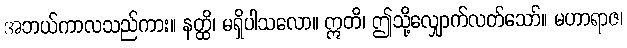
အဘယ်ကာလသည်ကား။ နတ္ထိ၊ မရှိပါသလော။ ဣတိ၊ ဤသို့လျှောက်လတ်သော်။ မဟာရာဇ၊